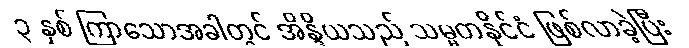
၃ နှစ် ကြာသောအခါတွင် အိန္ဒိယသည် သမ္မတနိုင်ငံ ဖြစ်လာခဲ့ပြီး